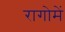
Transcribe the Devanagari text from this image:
रागोमें